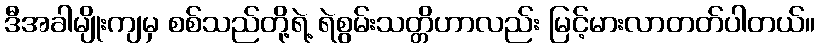
ဒီအခါမျိုးကျမှ စစ်သည်တို့ရဲ့ ရဲစွမ်းသတ္တိဟာလည်း မြင့်မားလာတတ်ပါတယ်။